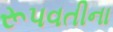
રૂપવતીના